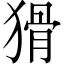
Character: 猾